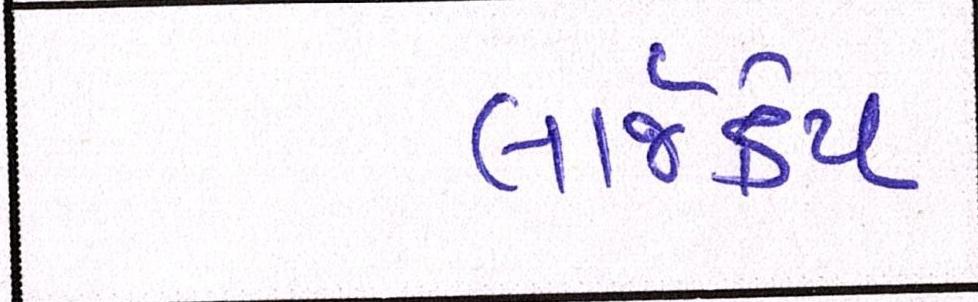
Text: લાર્જકેપ